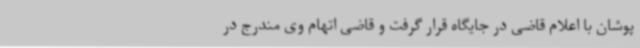
پوشان با اعلام قاضی در جایگاه قرار گرفت و قاضی اتهام وی مندرج در